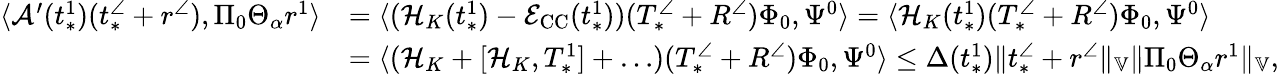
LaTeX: \begin{array}{rl}{\langle\mathcal{A}^{\prime}(t_{*}^{1})(t_{*}^{\angle}+r^{\angle}),\Pi_{0}\Theta_{\alpha}r^{1}\rangle}&{=\langle(\mathcal{H}_{K}(t_{*}^{1})-\mathcal{E}_{\mathrm{CC}}(t_{*}^{1}))(T_{*}^{\angle}+R^{\angle})\Phi_{0},\Psi^{0}\rangle=\langle\mathcal{H}_{K}(t_{*}^{1})(T_{*}^{\angle}+R^{\angle})\Phi_{0},\Psi^{0}\rangle}\\ &{=\langle(\mathcal{H}_{K}+[\mathcal{H}_{K},T_{*}^{1}]+\ldots)(T_{*}^{\angle}+R^{\angle})\Phi_{0},\Psi^{0}\rangle\le\Delta(t_{*}^{1})\| t_{*}^{\angle}+r^{\angle}\| _{\mathbb{V}}\| \Pi_{0}\Theta_{\alpha}r^{1}\| _{\mathbb{V}},}\end{array}